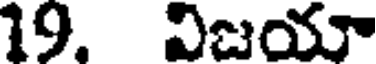
19. విజయా